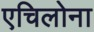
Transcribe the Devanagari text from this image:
एचिलोना